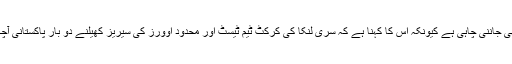
پی سی بی نے بی سی بی سے پاکستان میں ٹیسٹ سیریز نہ کھیلنے کی معقول وجہ بھی جاننی چاہی ہے کیونکہ اس کا کہنا ہے کہ سری لنکا کی کرکٹ ٹیم ٹیسٹ اور محدود اوورز کی سیریز کھیلنے دو بار پاکستانی آچکی ہے اور اس کے کھلاڑیوں نے سکیورٹی کا کسی بھی قسم کا خدشہ ظاہر نہیں کیا۔